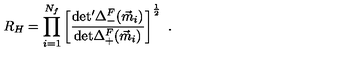
R _ { H } = \prod _ { i = 1 } ^ { N _ { f } } \left[ \frac { \mathrm { d e t ^ { \prime } } \Delta _ { - } ^ { F } ( \vec { m } _ { i } ) } { \mathrm { d e t } \Delta _ { + } ^ { F } ( \vec { m } _ { i } ) } \right] ^ { \frac { 1 } { 2 } } \ .